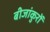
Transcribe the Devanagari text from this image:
बीजांकुरों